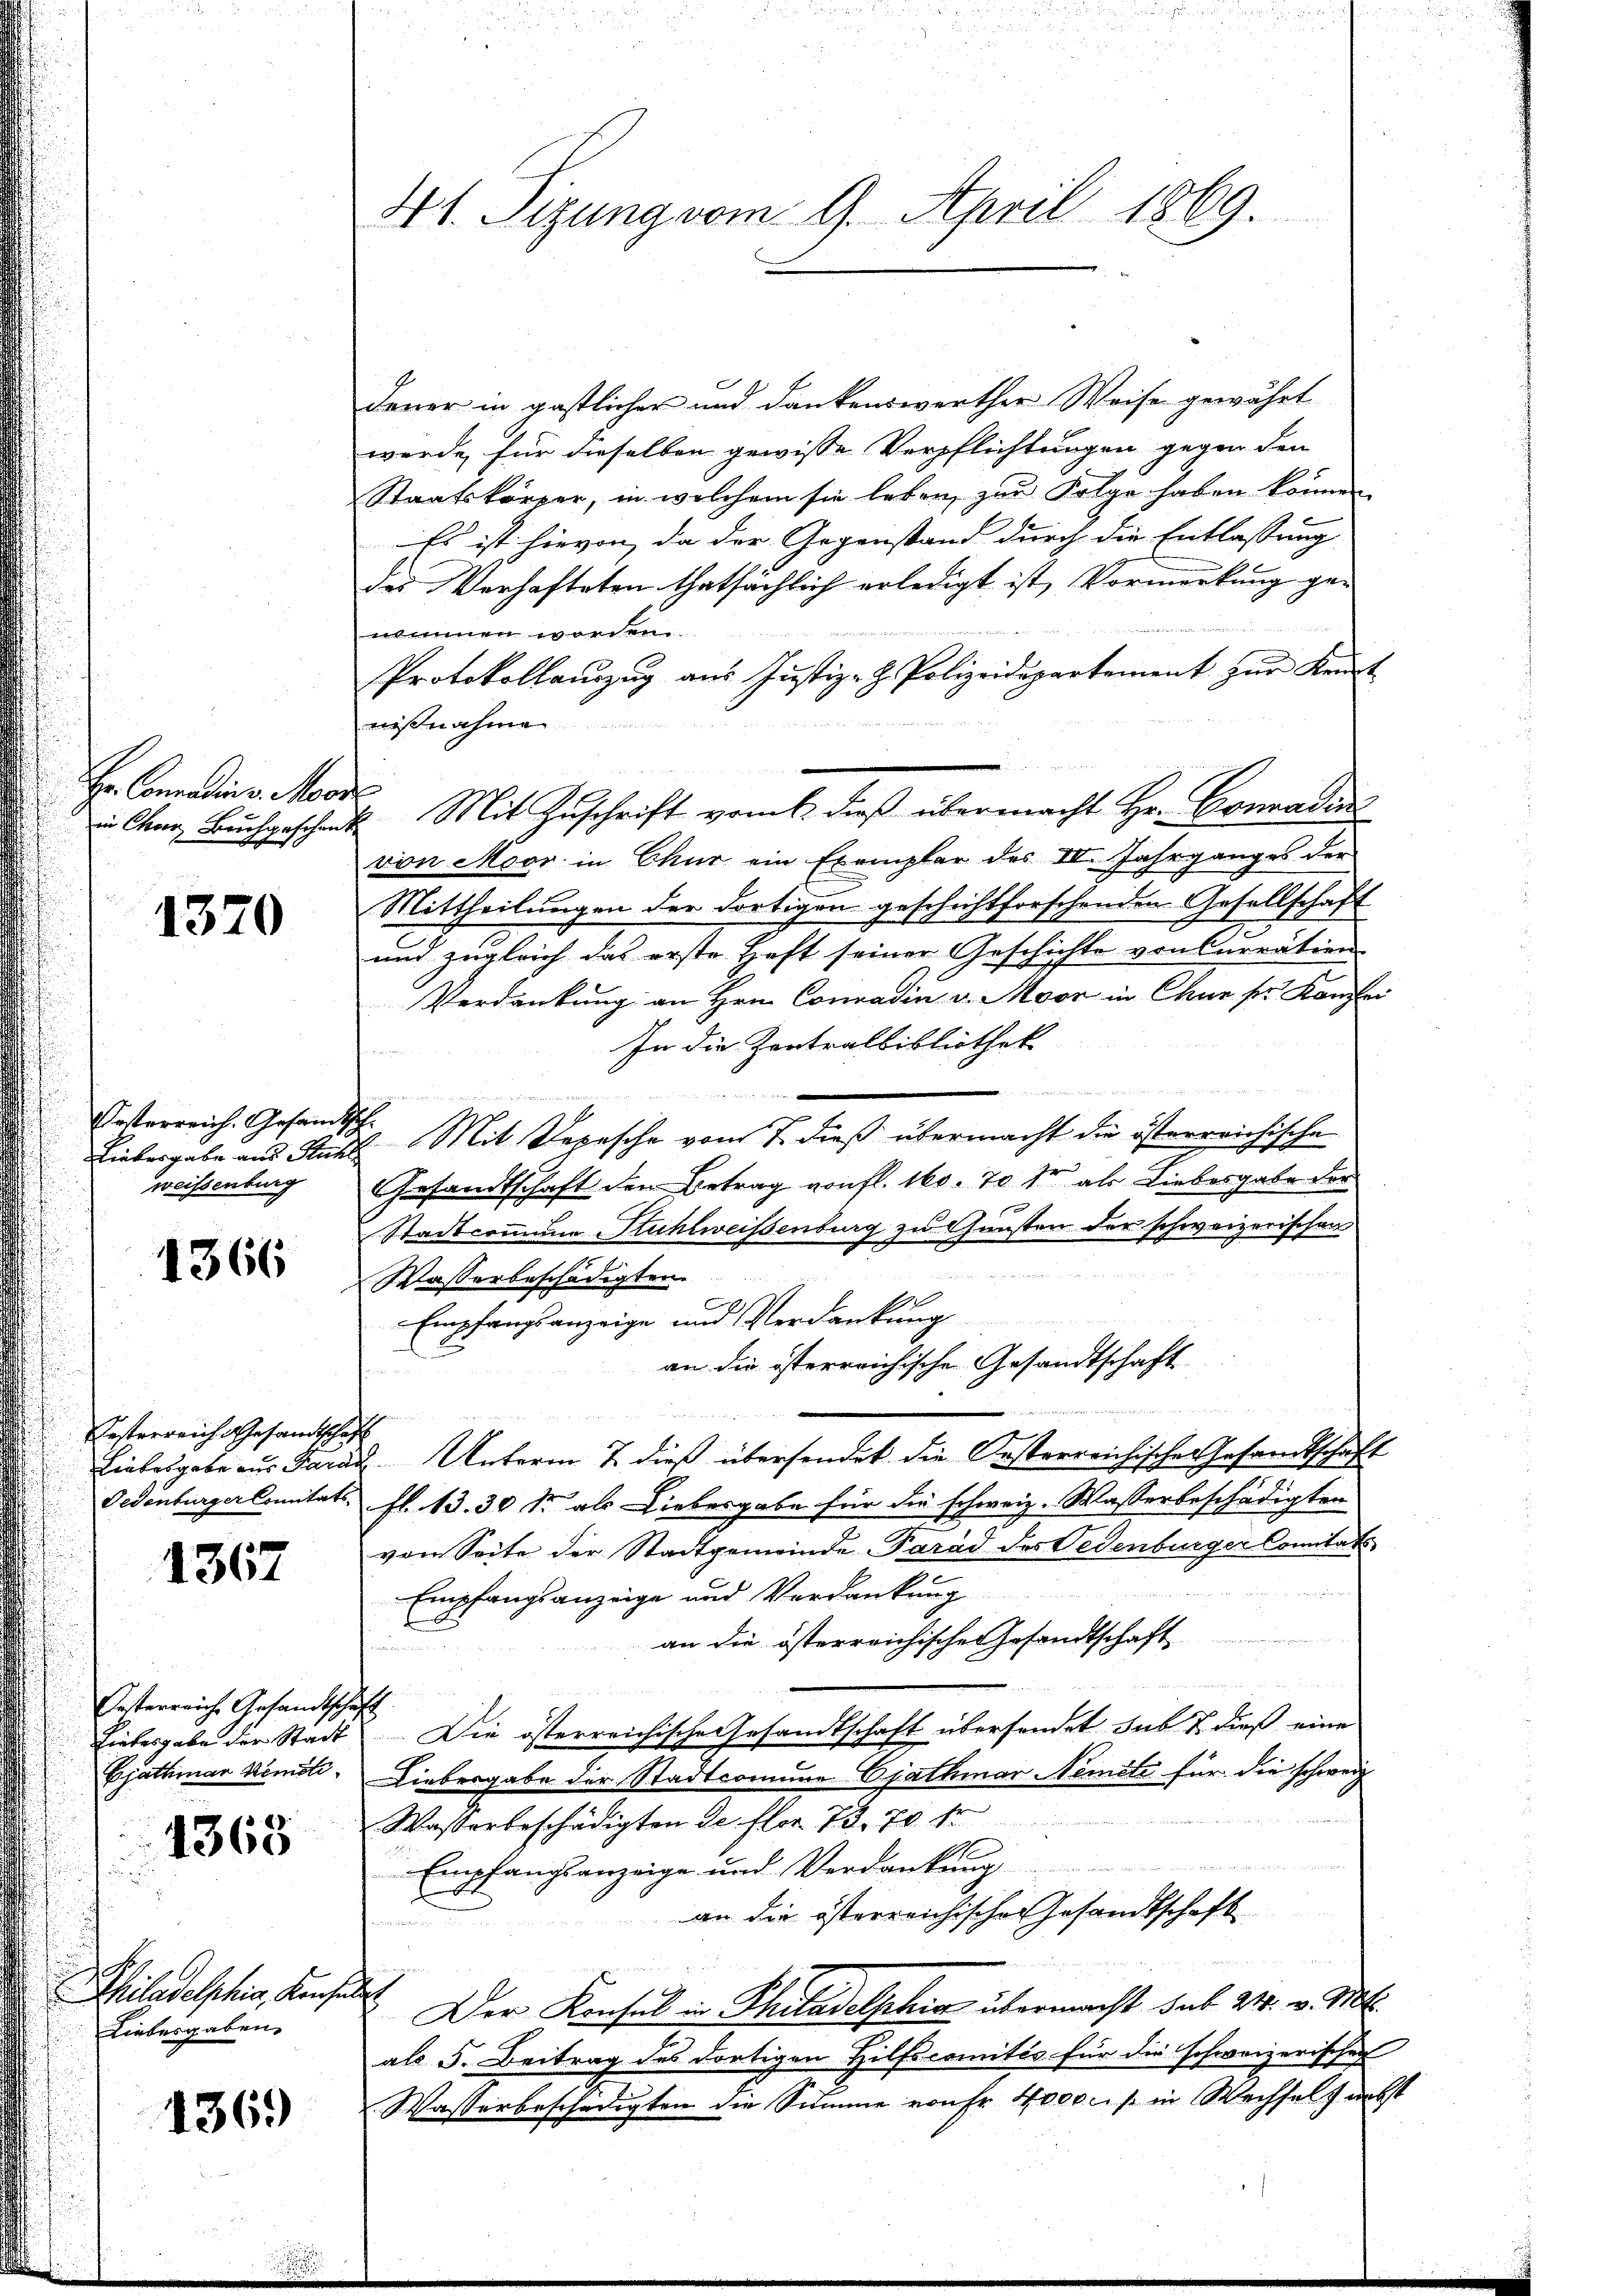
Hr. Conradin v. Moor

1370

Oesterreich. Gesandtsch
Liebergabe aus Sahl
weissenburg

1366

Resterreich Gesandtschaft
Gedenburger Conitäts-

1367

Oesterreiche Gesandtsche
Liebesgabe der Stadt
Ejathmar Kemoli

1365

Philadelphia, Kaufe
Liebesgaben.

1369

s

41. Sizung vom 9. April 1869.

¬

Feuer in gastlicher und dankenswerther Weise gewährt
werde, für dieselben gewisse Verpflichtungen gegen den
Staatskörper, in welchem sie leben, zur Folge haben können.
Es ist hievon, da der Gegenstand durch die Entlassung
des Verhafteten thatsächlich erledigt ist, Vormerkung gewimmen worden
Protokollaŭzŭg aŭs Jŭstiz- & Polizeidepartement zŭr Kennt
nißnahme
 Char Bŭchgesche Mit Zŭschrift vent dieβ übermacht Hr. Conradin
von Moor in Chur ein Exemplar des III. Jahrganges der
Mittheilungen der dortigen geschichtforschenden Gesellschaft
und zugleich das erste Haft seiner Geschichte von Currätien
Verdankung an Hrn. Conradia v. Moor in Chur pr. Kanzlei
In die Zentralbibliothek
e
. Mit Depesche vom 7. dieß übermacht die österreichische
Gesandtschaft den Betrag von fl. 160. 70 fr als Liebesgabe der
Stadtcommune Stuhlweissenburg zu Gunsten der schweizerischen

Wasserbeschädigten.
Empfangsanzeige und Verdankung
an die isterreichische Gesandtschaft
u
 die Seele
Liebesgabe aus Paran Unterm 7. dieß übersendet die Oesterreichische Gesandtschaft
z
fl. 13. 30 S. als Liebesgabe für die schweiz. Wasserbeschädigten
von Seite der Stadtgemeinde Parad des Gedenburger Comitäts

Empfangsanzeige und Verdankung
an die österreichische Gesandtschaft
d
E
Die österreichische Gesandtschaft übersendet sub 1. dieß eine
Liebergabe der Stadtcomme Ejathmar Nemeti für die schweiz
Wasserbeschädigten de flor 73. 70. Fr
Empfangsanzeige und Verdankung
E
an die österreichisches Gesandtschaft
iieren
 Der Konsul in Philadelphia übermacht sub 24. v. M.
als 5. Beitrag des dortigen Hilfscomités für die schweizerischen
Wasserbeschädigten die Summe von fr. 4000 lis in Wechselt nebst